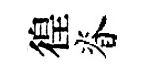
徨脊